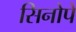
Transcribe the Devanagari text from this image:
सिनोपे